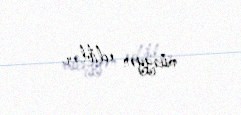
müəyyən ediblər.